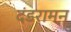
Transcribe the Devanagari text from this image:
दंडरामन